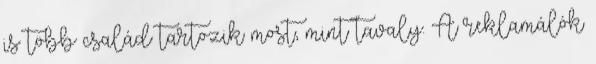
is több család tartozik most, mint tavaly. A reklamálók